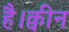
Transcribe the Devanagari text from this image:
है।क्वीन